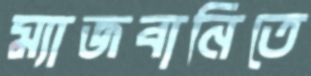
ম্যাজবানিতে